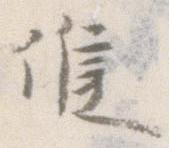
候